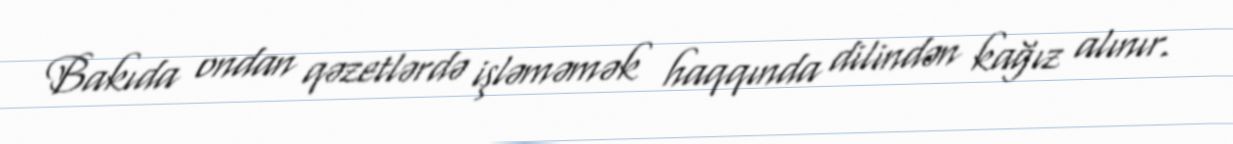
Bakıda ondan qəzetlərdə işləməmək haqqında dilindən kağız alınır.